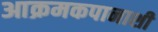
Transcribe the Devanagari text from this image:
आक्रमकपानाशी